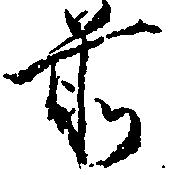
前